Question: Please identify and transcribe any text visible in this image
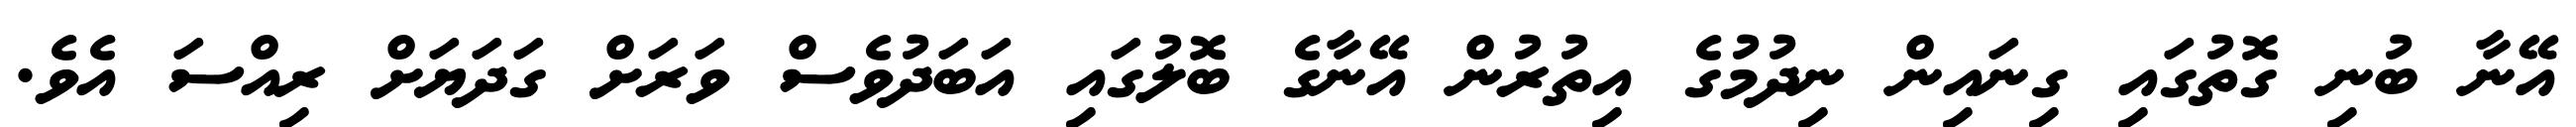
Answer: އޭނާ ބުނި ގޮތުގައި ގިނައިން ނިދުމުގެ އިތުރުން އޭނާގެ ބޮލުގައި އަބަދުވެސް ވަރަށް ގަދަޔަށް ރިއްސަ އެވެ.